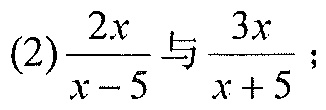
(2)$\frac{2x}{x - 5}$与$\frac{3x}{x + 5}$;